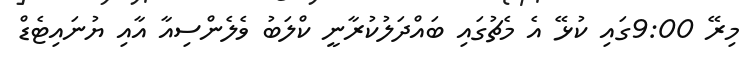
މިރޭ 9:00ގައި ކުޅޭ އެ މެޗުގައި ބައްދަލުކުރާނީ ކްލަބު ވެލެންސިއާ އާއި ޔުނައިޓެޑް